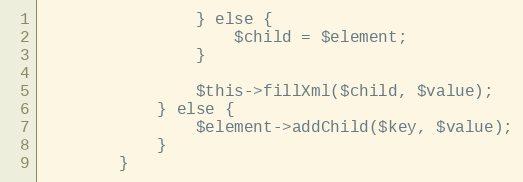
Language: PHP
                } else {
                    $child = $element;
                }

                $this->fillXml($child, $value);
            } else {
                $element->addChild($key, $value);
            }
        }